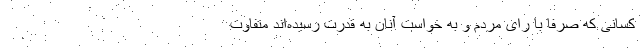
کسانی که صرفا با رای مردم و به خواست آنان به قدرت رسیده‌اند متفاوت